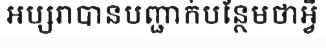
អប្សរាបានបញ្ជាក់បន្ថែមថាអ្វី